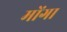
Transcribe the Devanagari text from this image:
मोंगा